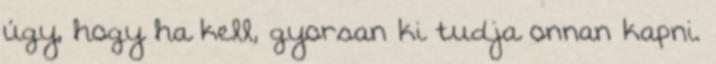
úgy, hogy ha kell, gyorsan ki tudja onnan kapni.